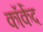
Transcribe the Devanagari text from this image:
कॉर्केद